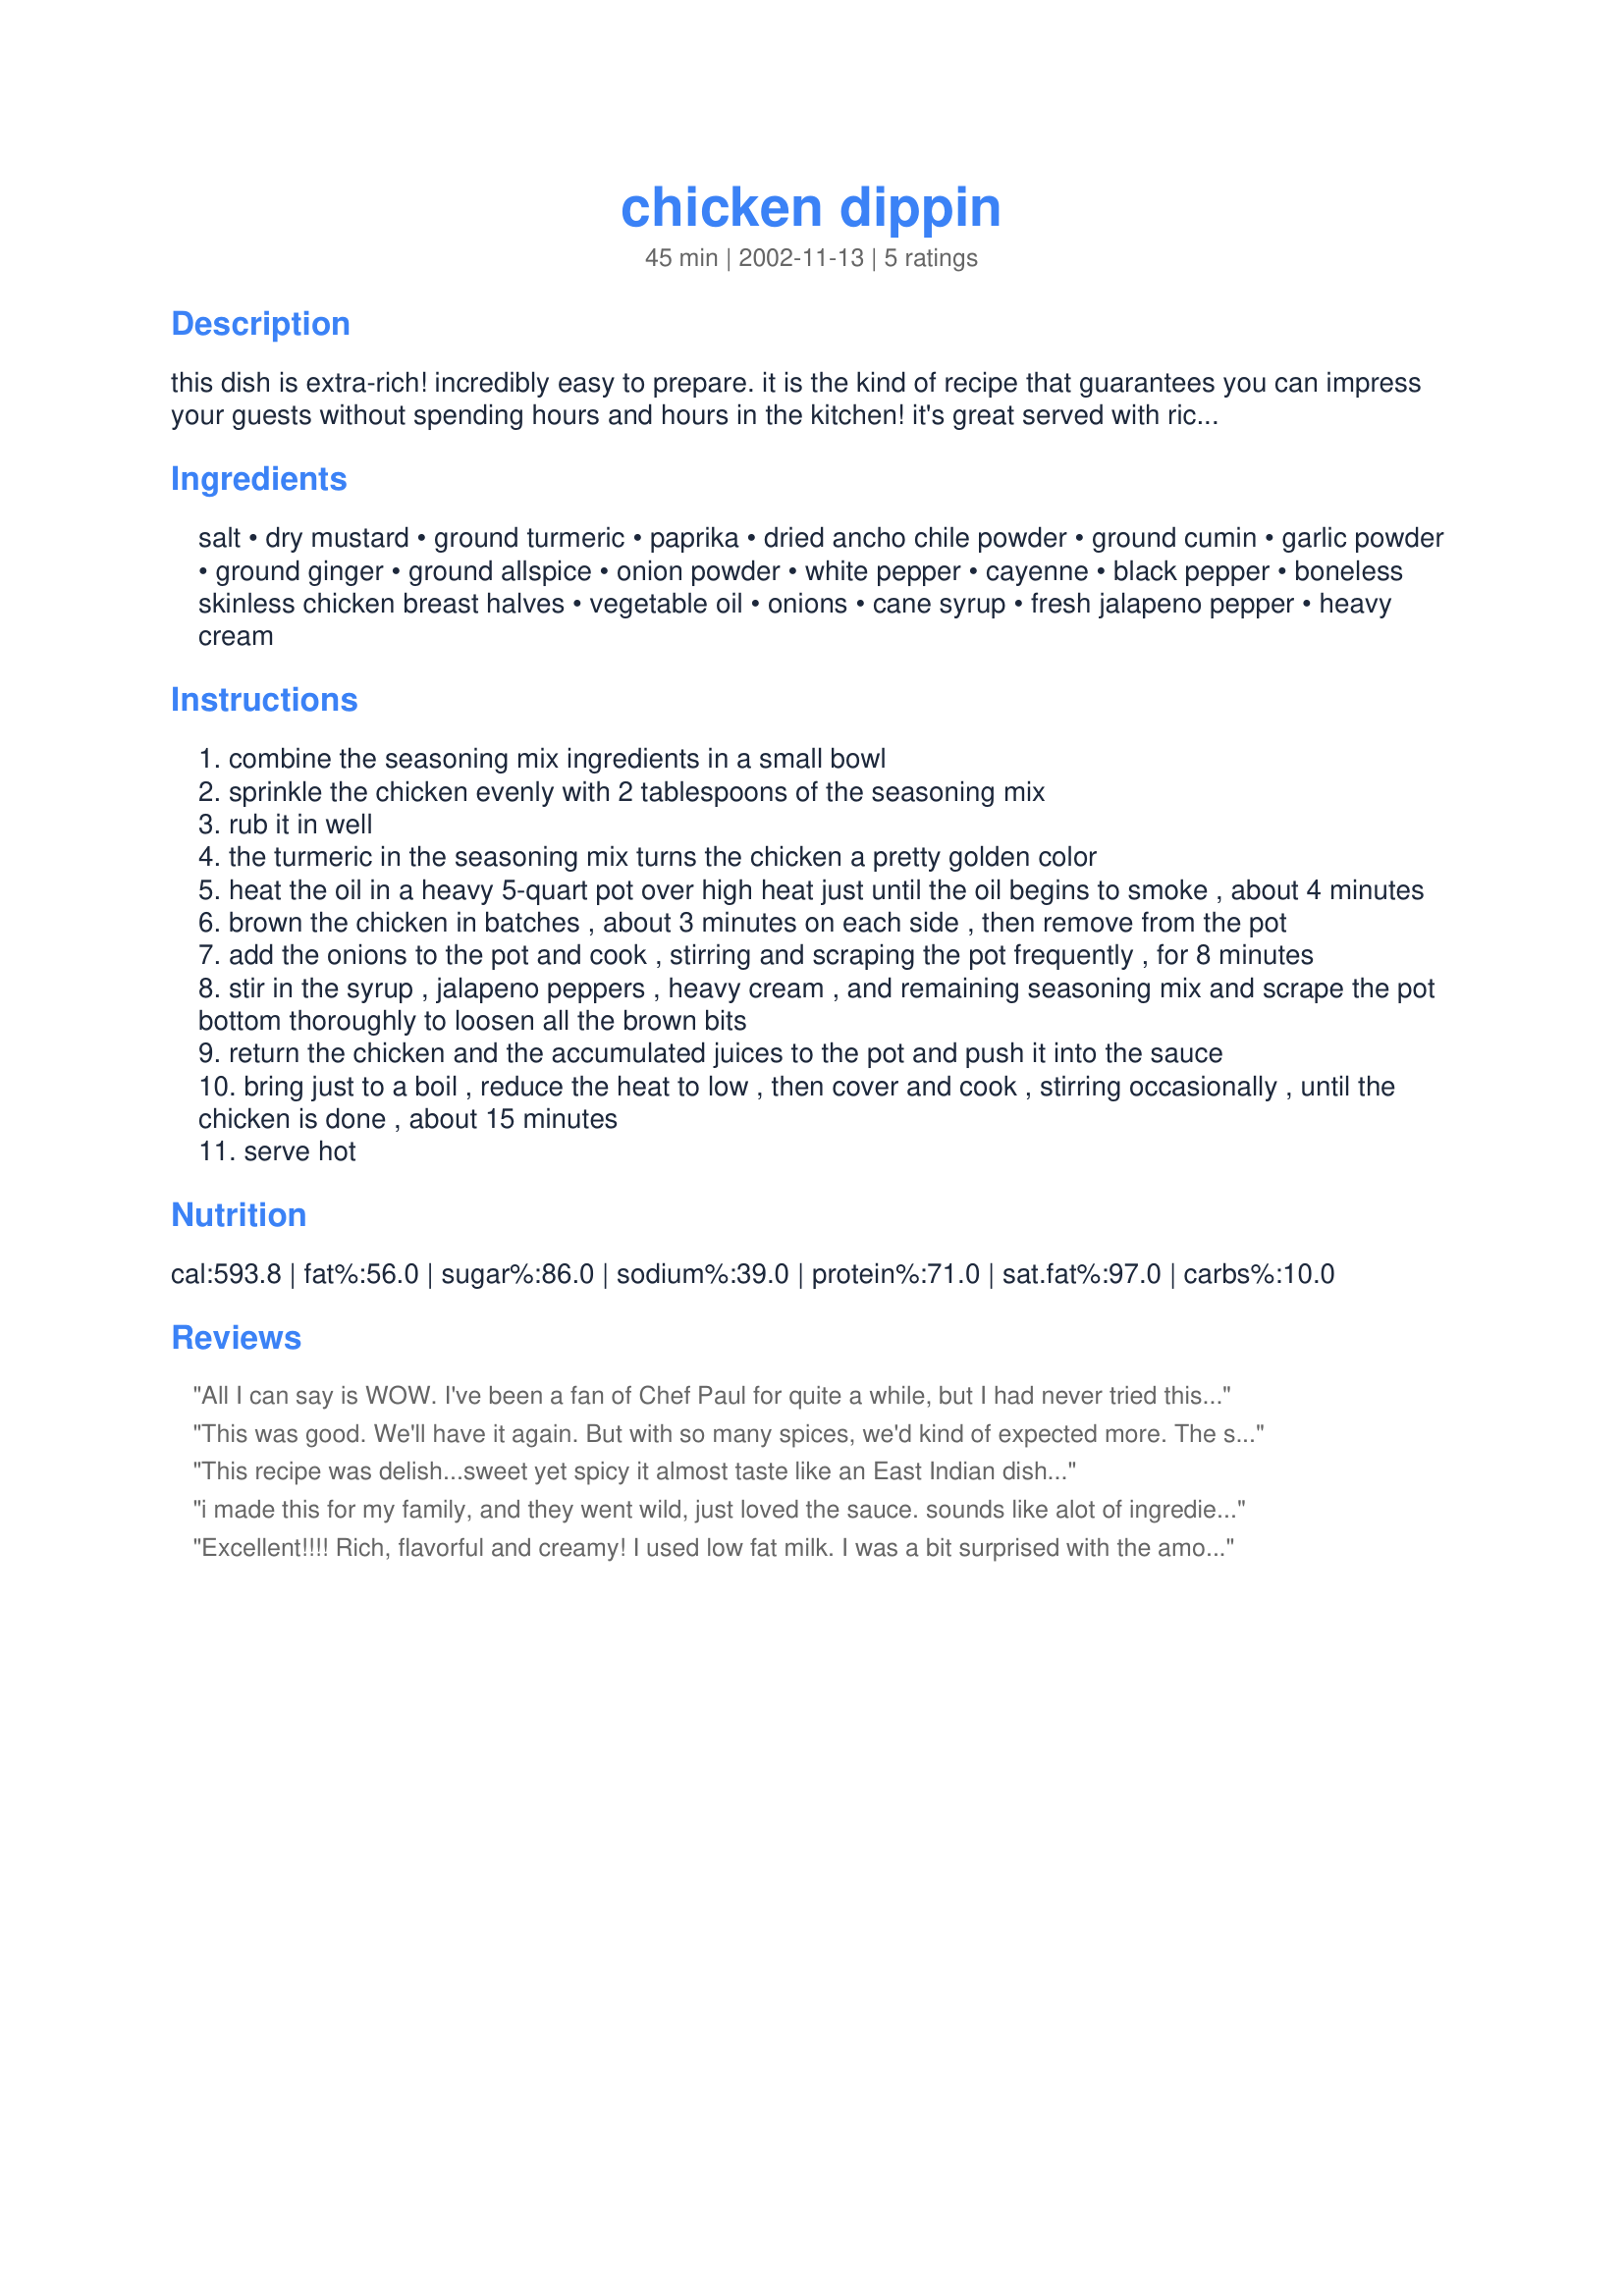
chicken dippin
Preparation time: 45 minutes

this dish is extra-rich! incredibly easy to prepare. it is the kind of recipe that guarantees you can impress your guests without spending hours and hours in the kitchen! it's great served with rice, just add steamed fresh broccoli and you have a beautiful dinner! from chef paul prudhomme's fiery foods that i love cook book.

Ingredients:
salt, dry mustard, ground turmeric, paprika, dried ancho chile powder, ground cumin, garlic powder, ground ginger, ground allspice, onion powder, white pepper, cayenne, black pepper, boneless skinless chicken breast halves, vegetable oil, onions, cane syrup, fresh jalapeno pepper, heavy cream

Steps:
combine the seasoning mix ingredients in a small bowl
sprinkle the chicken evenly with 2 tablespoons of the seasoning mix
rub it in well
the turmeric in the seasoning mix turns the chicken a pretty golden color
heat the oil in a heavy 5-quart pot over high heat just until the oil begins to smoke , about 4 minutes
brown the chicken in batches , about 3 minutes on each side , then remove from the pot
add the onions to the pot and cook , stirring and scraping the pot frequently , for 8 minutes
stir in the syrup , jalapeno peppers , heavy cream , and remaining seasoning mix and scrape the pot bottom thoroughly to loosen all the brown bits
return the chicken and the accumulated juices to the pot and push it into the sauce
bring just to a boil , reduce the heat to low , then cover and cook , stirring occasionally , until the chicken is done , about 15 minutes
serve hot

Reviews:
All I can say is WOW. I've been a fan of Chef Paul for quite a while, but I had never tried this dish. It is stellar! I just wish I could go higher than 5 stars.
Thanks for the post, Sharon123. I know how time consuming it can be to type in one of his recipes!
This was good. We'll have it again. But with so many spices, we'd kind of expected more. The sauce was good, but not complex - the flavors all kind of blended together.
This recipe was delish...sweet yet spicy it almost taste like an East Indian dish...
i made this for my family, and they went wild, just loved the sauce. sounds like alot of ingredients, but so simple, 5 starts!
Excellent!!!! Rich, flavorful and creamy! I used low fat milk. I was a bit surprised with the amount of spices that goes into this recipe. After mixing and coating the chicken with the 2 tablespoons you would not think it would need any more But this is so good so don`t hesitate and add it all! I`m recalling 1/2 a cup of spices.
Thanks!
